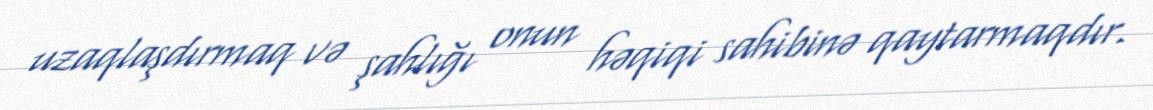
uzaqlaşdırmaq və şahlığı onun həqiqi sahibinə qaytarmaqdır.